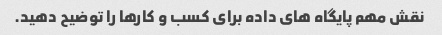
نقش مهم پایگاه های داده برای کسب و کارها را توضیح دهید.